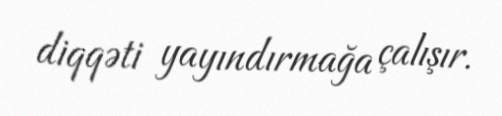
diqqəti yayındırmağa çalışır.